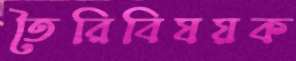
তৈরিবিষয়ক